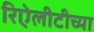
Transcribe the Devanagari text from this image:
रिऐलीटीच्या